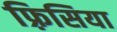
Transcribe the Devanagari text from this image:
फ़्रिसिया